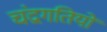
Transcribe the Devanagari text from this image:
चंद्रगतियों